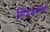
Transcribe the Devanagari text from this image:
सिंदकरांची